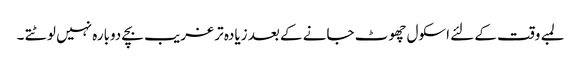
لمبے وقت کے لئے اسکول چھوٹ جانے کے بعد زیادہ تر غریب بچے دوبارہ نہیں لوٹتے ۔